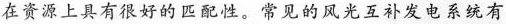
在资源上具有很好的匹配性。常见的风光互补发电系统有